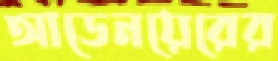
আডেনয়েরের